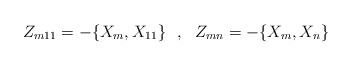
\begin{align*}Z_{m11}=-\{X_m,X_{11}\}~~,~~Z_{mn}=-\{X_m,X_n\}\end{align*}